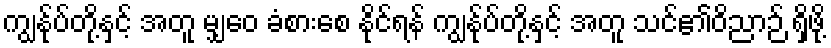
ကျွန်ုပ်တို့နှင့် အတူ မျှဝေ ခံစားစေ နိုင်ရန် ကျွန်ုပ်တို့နှင့် အတူ သင်၏ဝိညာဉ် ရှိဖို့